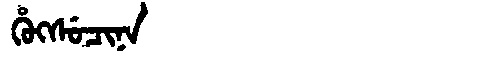
Manchu: ᡥᡠᡴᠰᡠᠴᡳᠨᠠ
Romanization: HUKSUCINA